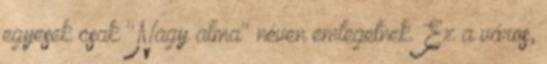
egyesek csak "Nagy alma" néven emlegetnek. Ez a város,